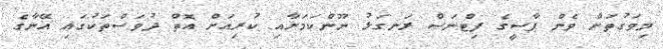
މިވަގުތަށް ވެން ޕާސީގެ ފިޓްނަސް ރަނގަޅު ނޫންކަމަށާއި ކުރިއަށް އޮތް ދުވަސްތަކުގައި އޭނާގެ